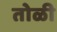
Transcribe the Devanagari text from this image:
तोळी